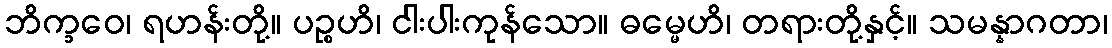
ဘိက္ခဝေ၊ ရဟန်းတို့။ ပဉ္စဟိ၊ ငါးပါးကုန်သော။ ဓမ္မေဟိ၊ တရားတို့နှင့်။ သမန္နာဂတာ၊